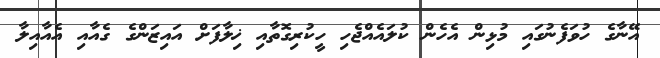
އޭނާގެ ހުވަފެނުގައި މުޅިން އެހެން ކުލައެއްޖެހި ހީކުރިގޮތާއި ޚިލާފަށް އައިޒަންގެ ގެއާއި އެއާއިލާ